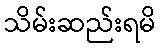
သိမ်းဆည်းရမိ